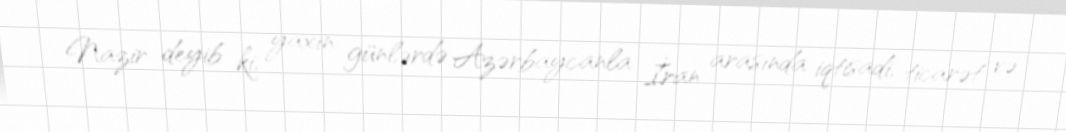
Nazir deyib ki, yaxın günlərdə Azərbaycanla İran arasında iqtisadi, ticarət və